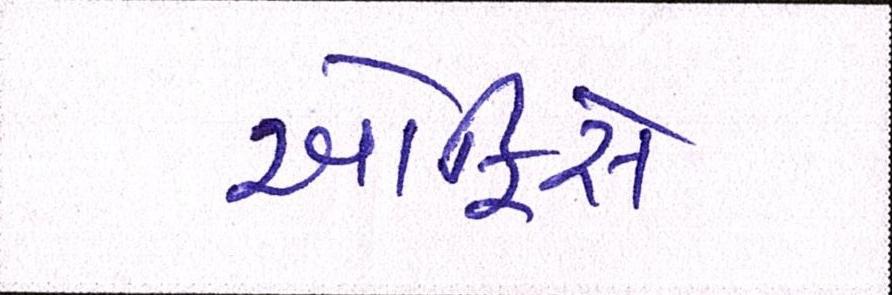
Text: ઓફિસે